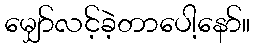
မျှော်လင့်ခဲ့တာပေါ့နော်။